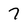
Character: 7